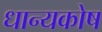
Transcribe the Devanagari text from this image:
धान्यकोष